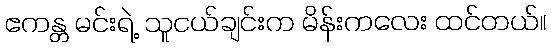
ဧကန္တ မင်းရဲ့ သူငယ်ချင်းက မိန်းကလေး ထင်တယ်။